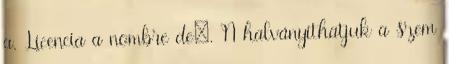
a. Licencia a nombre de:. N halványíthatjuk a szem